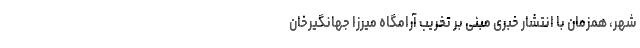
شهر، همزمان با انتشار خبری مبنی بر تخریب آرامگاه میرزا جهانگیرخان